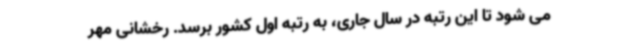
می شود تا این رتبه در سال جاری، به رتبه اول کشور برسد. رخشانی مهر